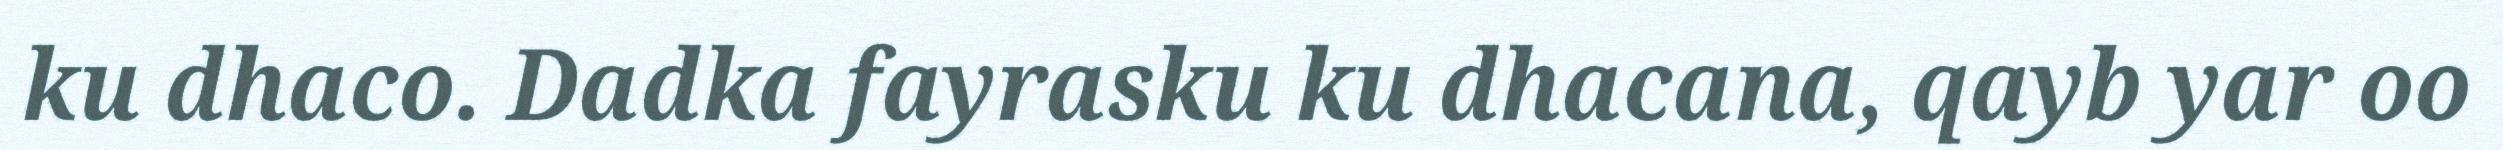
ku dhaco. Dadka fayrasku ku dhacana, qayb yar oo